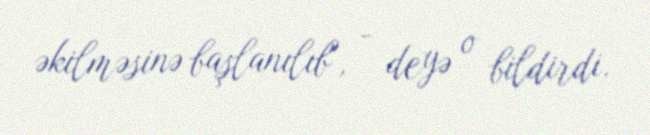
əkilməsinə başlanılıb", - deyə o bildirdi.